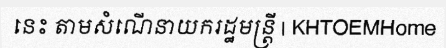
នេះ តាមសំណើនាយករដ្ឋមន្ត្រី | KHTOEMHome